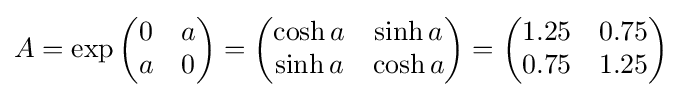
A=\exp {\begin{pmatrix}0&a\\a&0\end{pmatrix}}={\begin{pmatrix}\cosh a&\sinh a\\\sinh a&\cosh a\end{pmatrix}}={\begin{pmatrix}1.25&0.75\\0.75&1.25\end{pmatrix}}